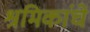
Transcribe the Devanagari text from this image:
श्रमिकांचे